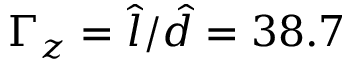
\Gamma _ { z } = \hat { l } / \hat { d } = 3 8 . 7